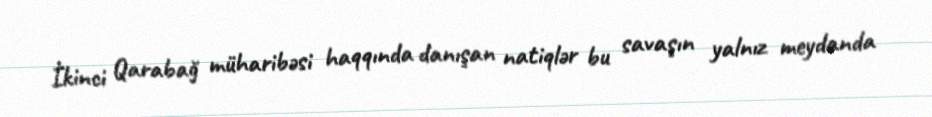
İkinci Qarabağ müharibəsi haqqında danışan natiqlər bu savaşın yalnız meydanda